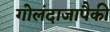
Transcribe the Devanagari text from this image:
गोलंदाजापैकी